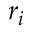
r _ { i }